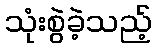
သုံးစွဲခဲ့သည့်